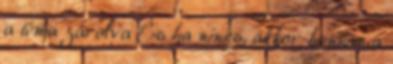
a téma zárolva És ha nincs, akkor honnan a